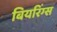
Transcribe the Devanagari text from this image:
बियरिंग्स